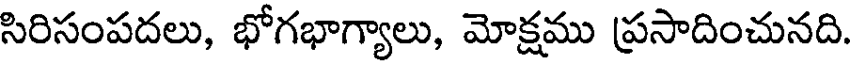
సిరిసంపదలు, భోగభాగ్యాలు, మోక్షము ప్రసాదించునది.